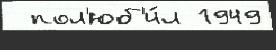
  пол'юб'и́л 1949